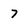
Character: 7